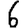
Digit: 6